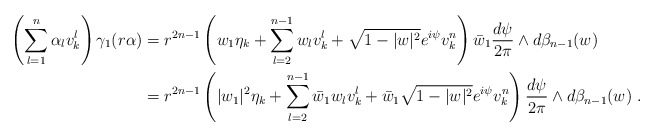
\begin{align*} \left(\sum_{l=1}^n \alpha_l v_k^l\right) \gamma_1(r\alpha)&=r^{2n-1}\left(w_1\eta_k+\sum_{l=2}^{n-1} w_l v_k^l +\sqrt{1-|w|^2} e^{i\psi} v_k^n\right)\bar w_1 \frac{d\psi}{2\pi}\wedge d\beta_{n-1}(w)\\ &=r^{2n-1}\left(|w_1|^2 \eta_k +\sum_{l=2}^{n-1} \bar w_1 w_l v_k^l + \bar w_1 \sqrt{1-|w|^2} e^{i\psi} v_k^n\right) \frac{d\psi}{2\pi}\wedge d\beta_{n-1}(w)\ .\end{align*}